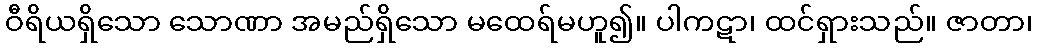
ဝီရိယရှိသော သောဏာ အမည်ရှိသော မထေရ်မဟူ၍။ ပါကဋာ၊ ထင်ရှားသည်။ ဇာတာ၊